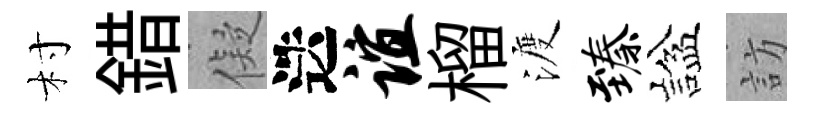
村錯儗迭谊榴渡臻諡訪